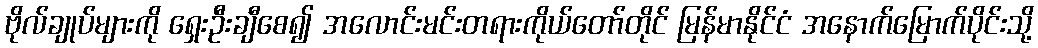
ဗိုလ်ချုပ်များကို ရှေးဦးချီစေ၍ အလောင်းမင်းတရားကိုယ်တော်တိုင် မြန်မာနိုင်ငံ အနောက်မြောက်ပိုင်းသို့